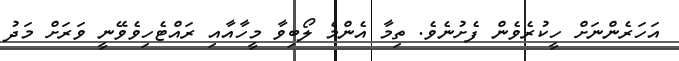
އަހަރެންނަށް ހީކުރެވެން ފެށުނެވެ. ތިމާ އެންމެ ލޯބިވާ މީހާއާއި ރައްޓެހިވެވޭނީ ވަރަށް މަދު